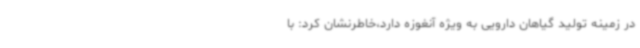
در زمینه تولید گیاهان دارویی به ویژه آنغوزه دارد،خاطرنشان کرد: با